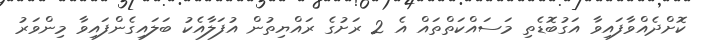
ކޮށްދެއްވާފައިވާ އަގުބޮޑެތި މަސައްކަތްތައް އެ 2 ރަށުގެ ރައްޔިތުން އުފަލާއެކު ބަލައިގެންފައިވާ މިންވަރު